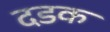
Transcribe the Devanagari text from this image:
दडक